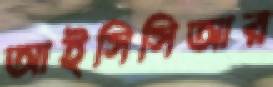
আইসিসিআর